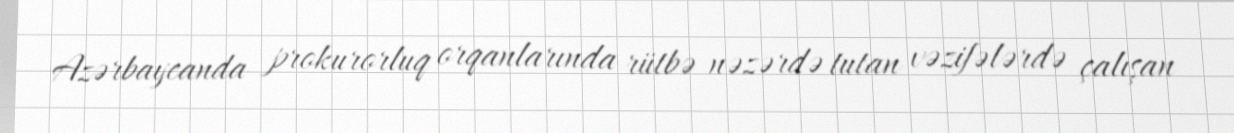
Azərbaycanda prokurorluq orqanlarında rütbə nəzərdə tutan vəzifələrdə çalışan